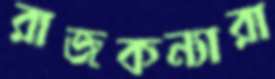
রাজকন্যারা